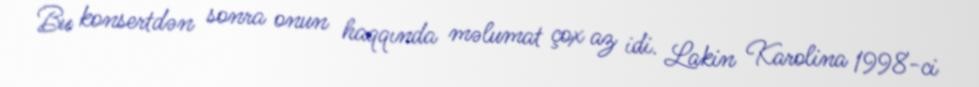
Bu konsertdən sonra onun haqqında məlumat çox az idi. Lakin Karolina 1998-ci